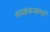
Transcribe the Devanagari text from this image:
साइडआर्म्स